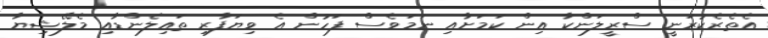
އެތެރެކުރަނީ ސްރީލަންކާ އިން ކަމަށާއި ނަމަވެސް ފަހުން އެ ވިޔަފާރި ތައިލެންޑާއި މެލޭޝިޔާ